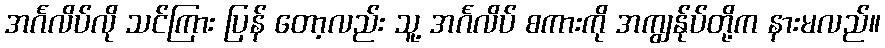
အင်္ဂလိပ်လို သင်ကြား ပြန် တော့လည်း သူ့ အင်္ဂလိပ် စကားကို အကျွန်ုပ်တို့က နားမလည်။